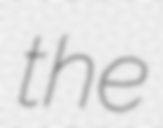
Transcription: the